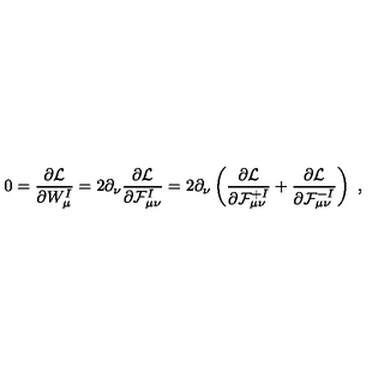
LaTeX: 0 = \frac { \partial { \cal L } } { \partial W _ { \mu } ^ { I } } = 2 \partial _ { \nu } \frac { \partial { \cal L } } { \partial { \cal F } _ { \mu \nu } ^ { I } } = 2 \partial _ { \nu } \left( \frac { \partial { \cal L } } { \partial { \cal F } _ { \mu \nu } ^ { + I } } + \frac { \partial { \cal L } } { \partial { \cal F } _ { \mu \nu } ^ { - I } } \right) \ ,